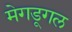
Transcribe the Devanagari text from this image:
मेगडूगल